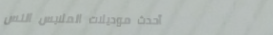
أحدث موديلات الملابس النس